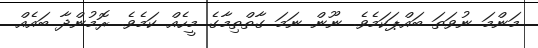
މަންމަ ނުވަތަ ބައްޕަކަމެވެ. ނޫން ނަމަ ގާތްތިމާގެ މީހެއް ކަމެވެ. ރޮމުންދާ ބައެއް